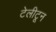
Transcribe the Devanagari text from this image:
टेलीटून